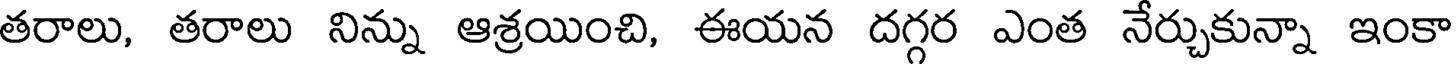
తరాలు, తరాలు నిన్ను ఆశ్రయించి, ఈయన దగ్గర ఎంత నేర్చుకున్నా ఇంకా